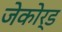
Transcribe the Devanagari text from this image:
जेकोर्ड